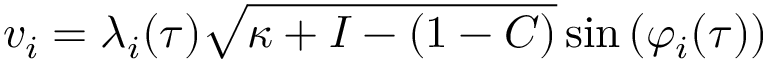
v _ { i } = \lambda _ { i } ( \tau ) \sqrt { \kappa + I - ( 1 - C ) } \sin \left( \varphi _ { i } ( \tau ) \right)